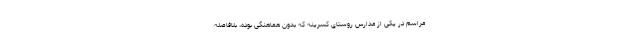
مراسم در یکی از مدارس روستای کسرینه که بدون هماهنگی بوده، بلافاصله